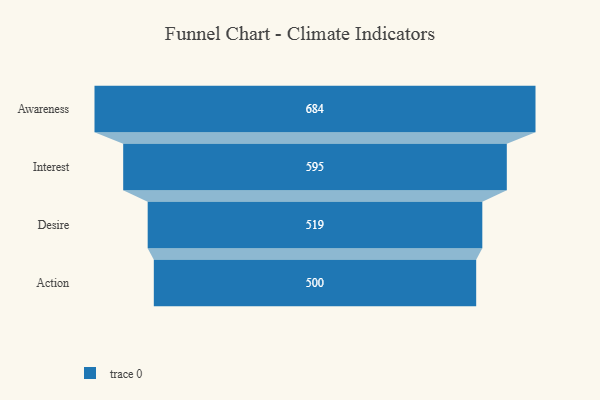
{"axis": {"x": "Stage", "y": "Value"}, "legend": [""], "data": [{"x": "Awareness", "y": 684.0, "type": ""}, {"x": "Interest", "y": 595.0, "type": ""}, {"x": "Desire", "y": 519.0, "type": ""}, {"x": "Action", "y": 500, "type": ""}]}